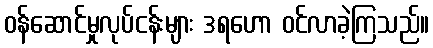
ဝန်ဆောင်မှုလုပ်ငန်းများ ဒရဟော ဝင်လာခဲ့ကြသည်။